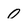
Character: 0